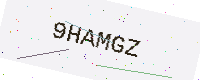
Text: 9HAMGZ